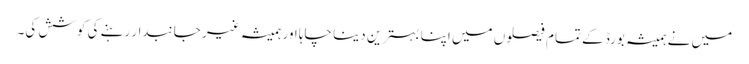
میں نے ہمیشہ بورڈ کے تمام فیصلوں میں اپنا بہترین دینا چاہا اور ہمیشہ غیر جانبدار رہنے کی کوشش کی۔